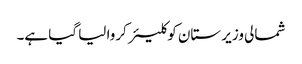
شمالی وزیر ستان کو کلیئر کروا لیا گیا ہے۔